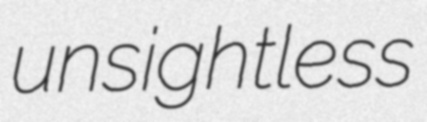
unsightless